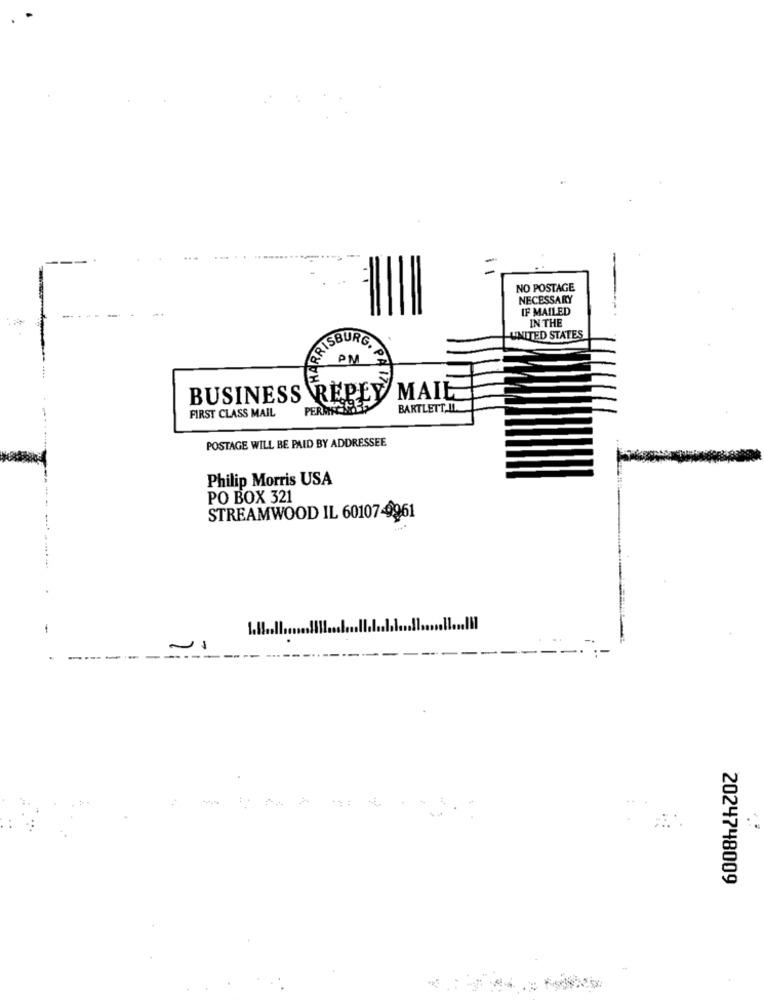
NO POSTAGE
NECESSARY
IF MAILED
IN THE
CRISBURG.
UNITED STATES
PM
BUSINESS REPLY
MAIL
FIRST CLASS MAIL
BARTLETT,IL
POSTAGE WILL BE PAID BY ADDRESSEE
Philip Morris USA
PO BOX 321
STREAMWOOD IL 60107-9961
-
------
2024748009